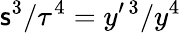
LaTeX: \mathsf{s}^{3}/\tau^{4}=y^{\prime\, 3}/y^{4}